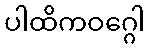
ပါထိကဝဂ္ဂေါ